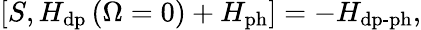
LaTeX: [S,H_{\mathrm{dp}}\left(\Omega=0\right)+H_{\mathrm{ph}}]=-H_{\mathrm{dp}\textrm{-}\mathrm{ph}},